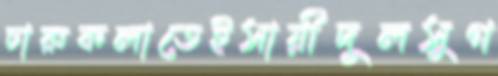
চারুকলাতেইসায়ীদুলসুগ